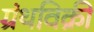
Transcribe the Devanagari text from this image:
ग्रंथविक्री